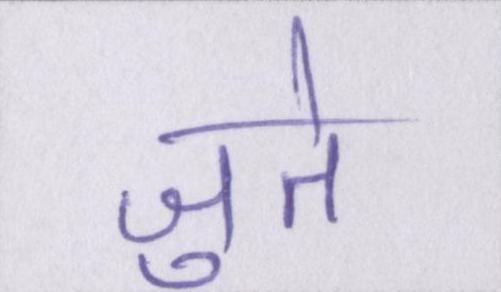
जुते